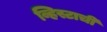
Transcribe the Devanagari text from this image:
व्हिस्टाची